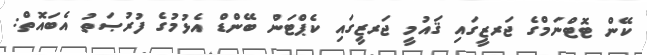
ކޭން ޓޮޓްނަމްގެ ޖަރޒީގައި ޤައުމީ ޖަރޒީގައި ކެޕްޓަން ބޭންޑް އެޅުމުގެ ފުރުޞަތު އެބައޮތް: